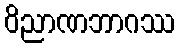
ဝိညာဏဘာဂဿ